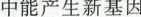
中能产生新基因